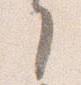
了